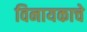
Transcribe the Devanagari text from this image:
विनायकाचे